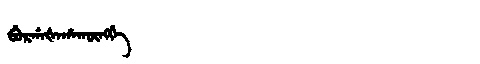
Manchu: ᠪᡠᡵᡤᠠᡧᠠᡥᠠᡴᡡᠩᡤᡝ
Romanization: BURGAŠAHAKŪNGGE